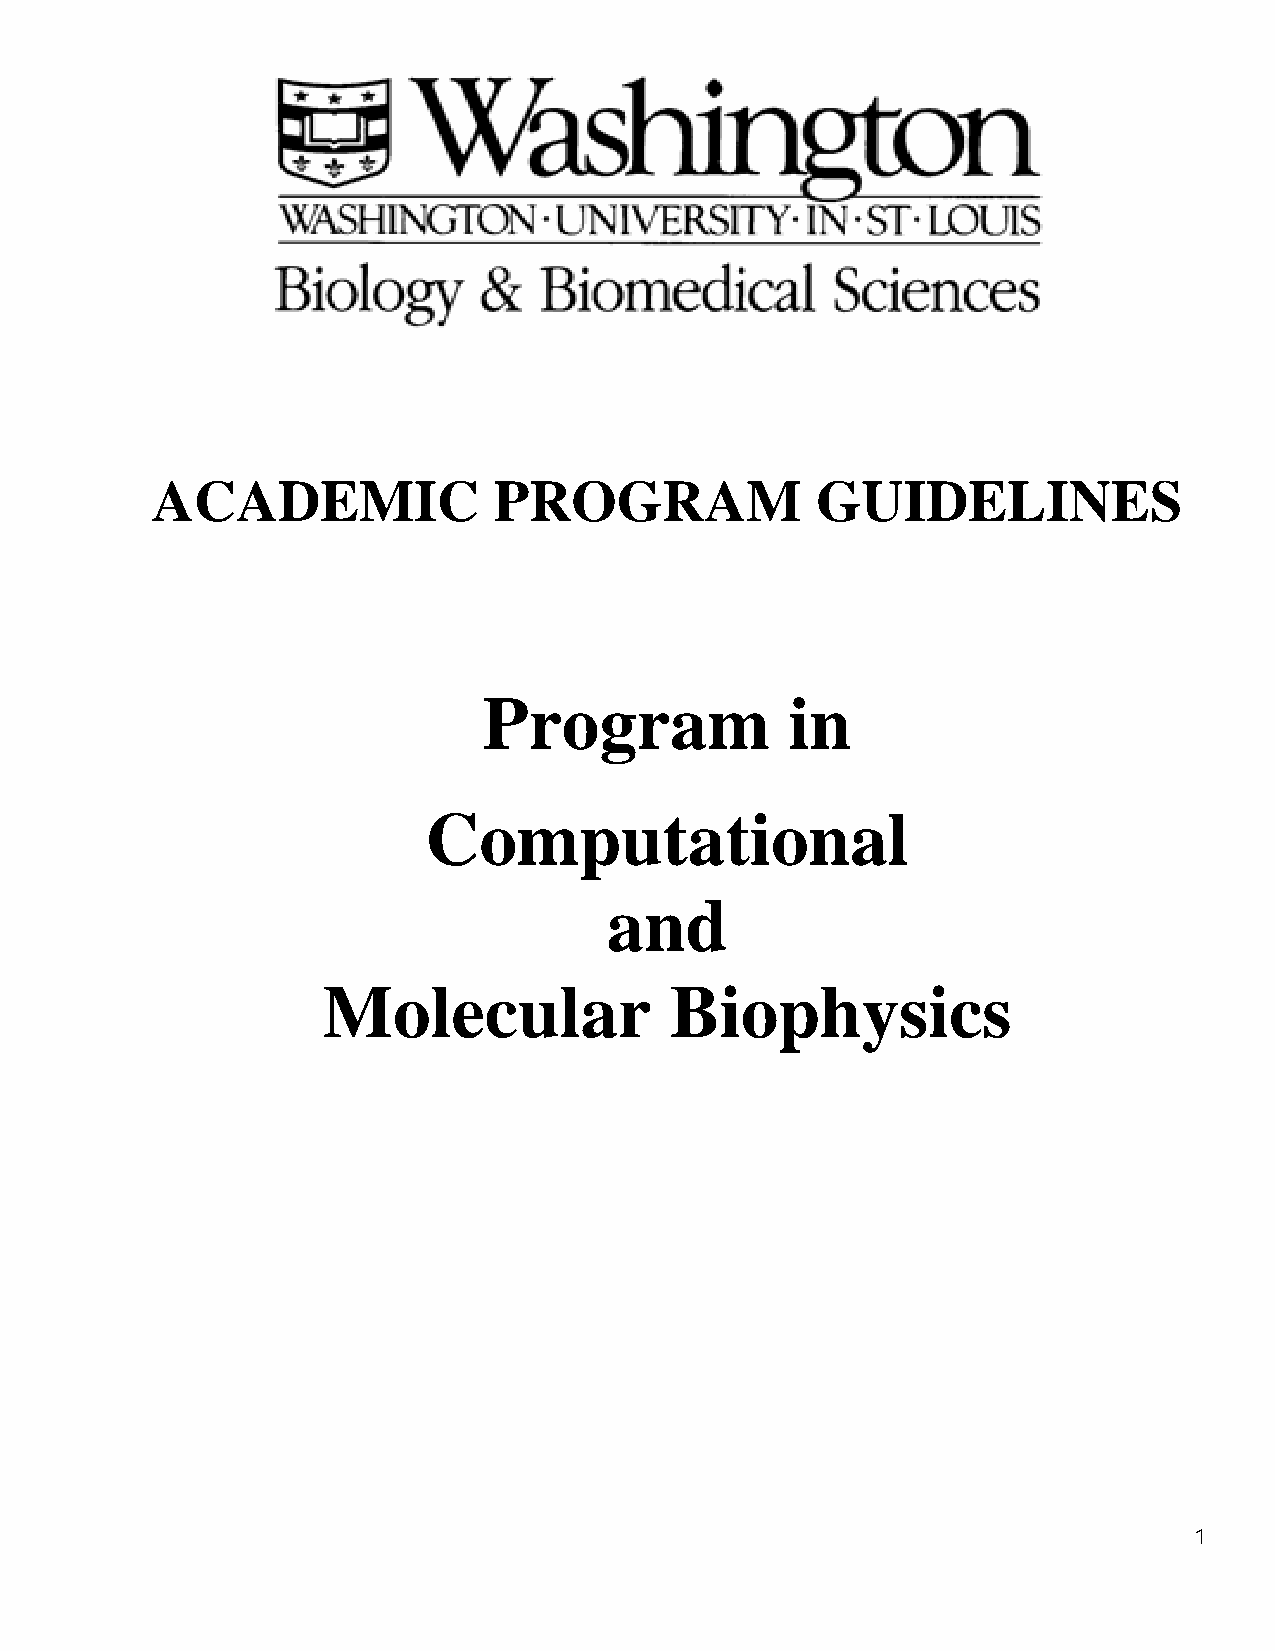
ACAADEMIC              PROOGRAAM            GGUIDDELINNES
 Proogramm           inn
 Compputaationnal
 andd
 MMoleeculaar           BBiophhysiccs
 1